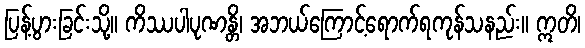
ပြန့်ပွားခြင်းသို့။ ကိဿပါပုဏန္တိ၊ အဘယ်ကြောင့်ရောက်ရကုန်သနည်း။ ဣတိ၊